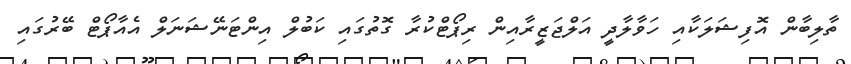
ތާލިބާން އޮފިޝަލަކާއި ހަވާލާދީ އަލްޖަޒީރާއިން ރިޕޯޓްކުރާ ގޮތުގައި ކަބުލް އިންޓަނޭޝަނަލް އެއާޕޯޓް ބޭރުގައި